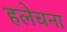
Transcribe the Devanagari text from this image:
हलेचना